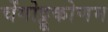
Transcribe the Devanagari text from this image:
चेंगोट्टूकोणम